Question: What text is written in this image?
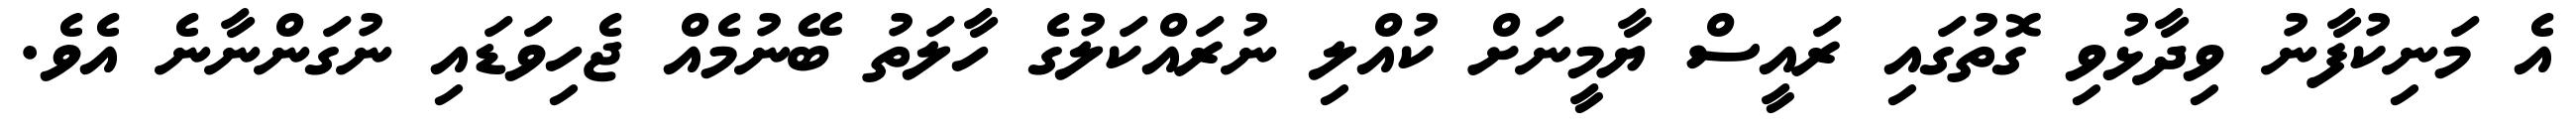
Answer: އެ މަނިކުފާނު ވިދާޅުވި ގޮތުގައި ރައީސް ޔާމީނަށް ކުއްލި ނުރައްކަލުގެ ހާލަތު ބޭނުމެއް ޖެހިވަޑައި ނުގަންނާނެ އެވެ.